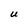
Character: U